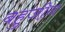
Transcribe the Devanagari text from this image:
बहुजीन